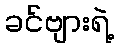
ခင်ဗျားရဲ့